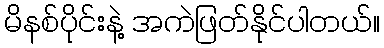
မိနစ်ပိုင်းနဲ့ အကဲဖြတ်နိုင်ပါတယ်။